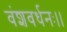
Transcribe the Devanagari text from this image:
वंशवर्धनः।।